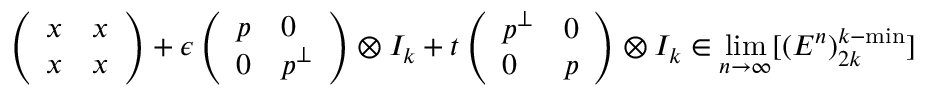
\left( \begin{array} { l l } { x } & { x } \\ { x } & { x } \end{array} \right) + \epsilon \left( \begin{array} { l l } { p } & { 0 } \\ { 0 } & { p ^ { \perp } } \end{array} \right) \otimes I _ { k } + t \left( \begin{array} { l l } { p ^ { \perp } } & { 0 } \\ { 0 } & { p } \end{array} \right) \otimes I _ { k } \in \operatorname* { l i m } _ { n \to \infty } [ ( E ^ { n } ) _ { 2 k } ^ { k - \mathrm { m i n } } ]